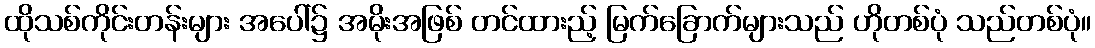
ထိုသစ်ကိုင်းတန်းများ အပေါ်၌ အမိုးအဖြစ် တင်ထားည့် မြက်ခြောက်များသည် ဟိုတစ်ပုံ သည်တစ်ပုံ။